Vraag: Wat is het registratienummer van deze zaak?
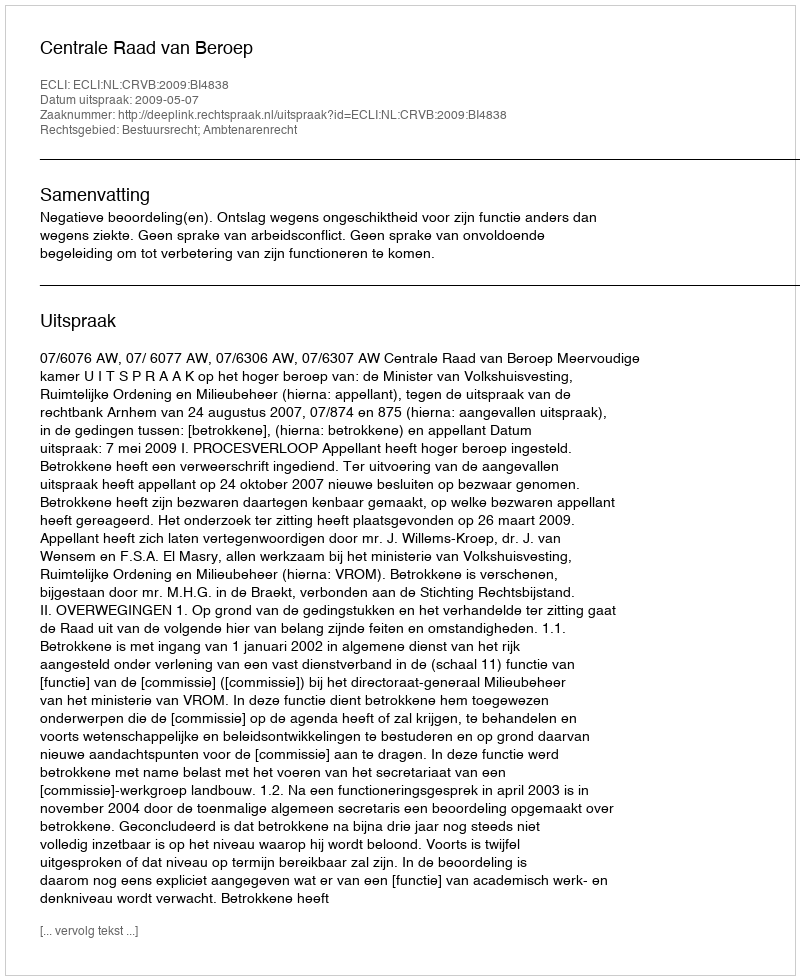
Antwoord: http://deeplink.rechtspraak.nl/uitspraak?id=ECLI:NL:CRVB:2009:BI4838